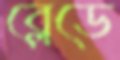
ব্লেডে